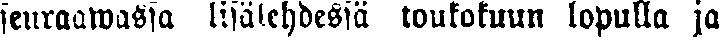
seuraawassa lisälehdessä toukokuun lopulla ja